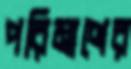
পরিমাণের